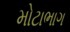
મોટાભાગ